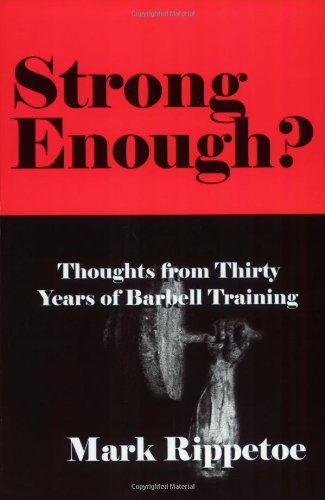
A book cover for Strong Enough? Thoughts from Thirty Years of Barbell Training; Mark Rippetoe; Health, Fitness & Dieting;